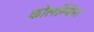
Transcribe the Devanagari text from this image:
कोलम्बिना